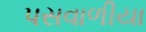
પસવાળીયા